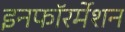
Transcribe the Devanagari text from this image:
इनफॉरर्मेशन